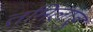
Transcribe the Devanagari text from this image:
तमिलाडू